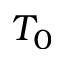
T _ { 0 }